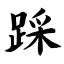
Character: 踩